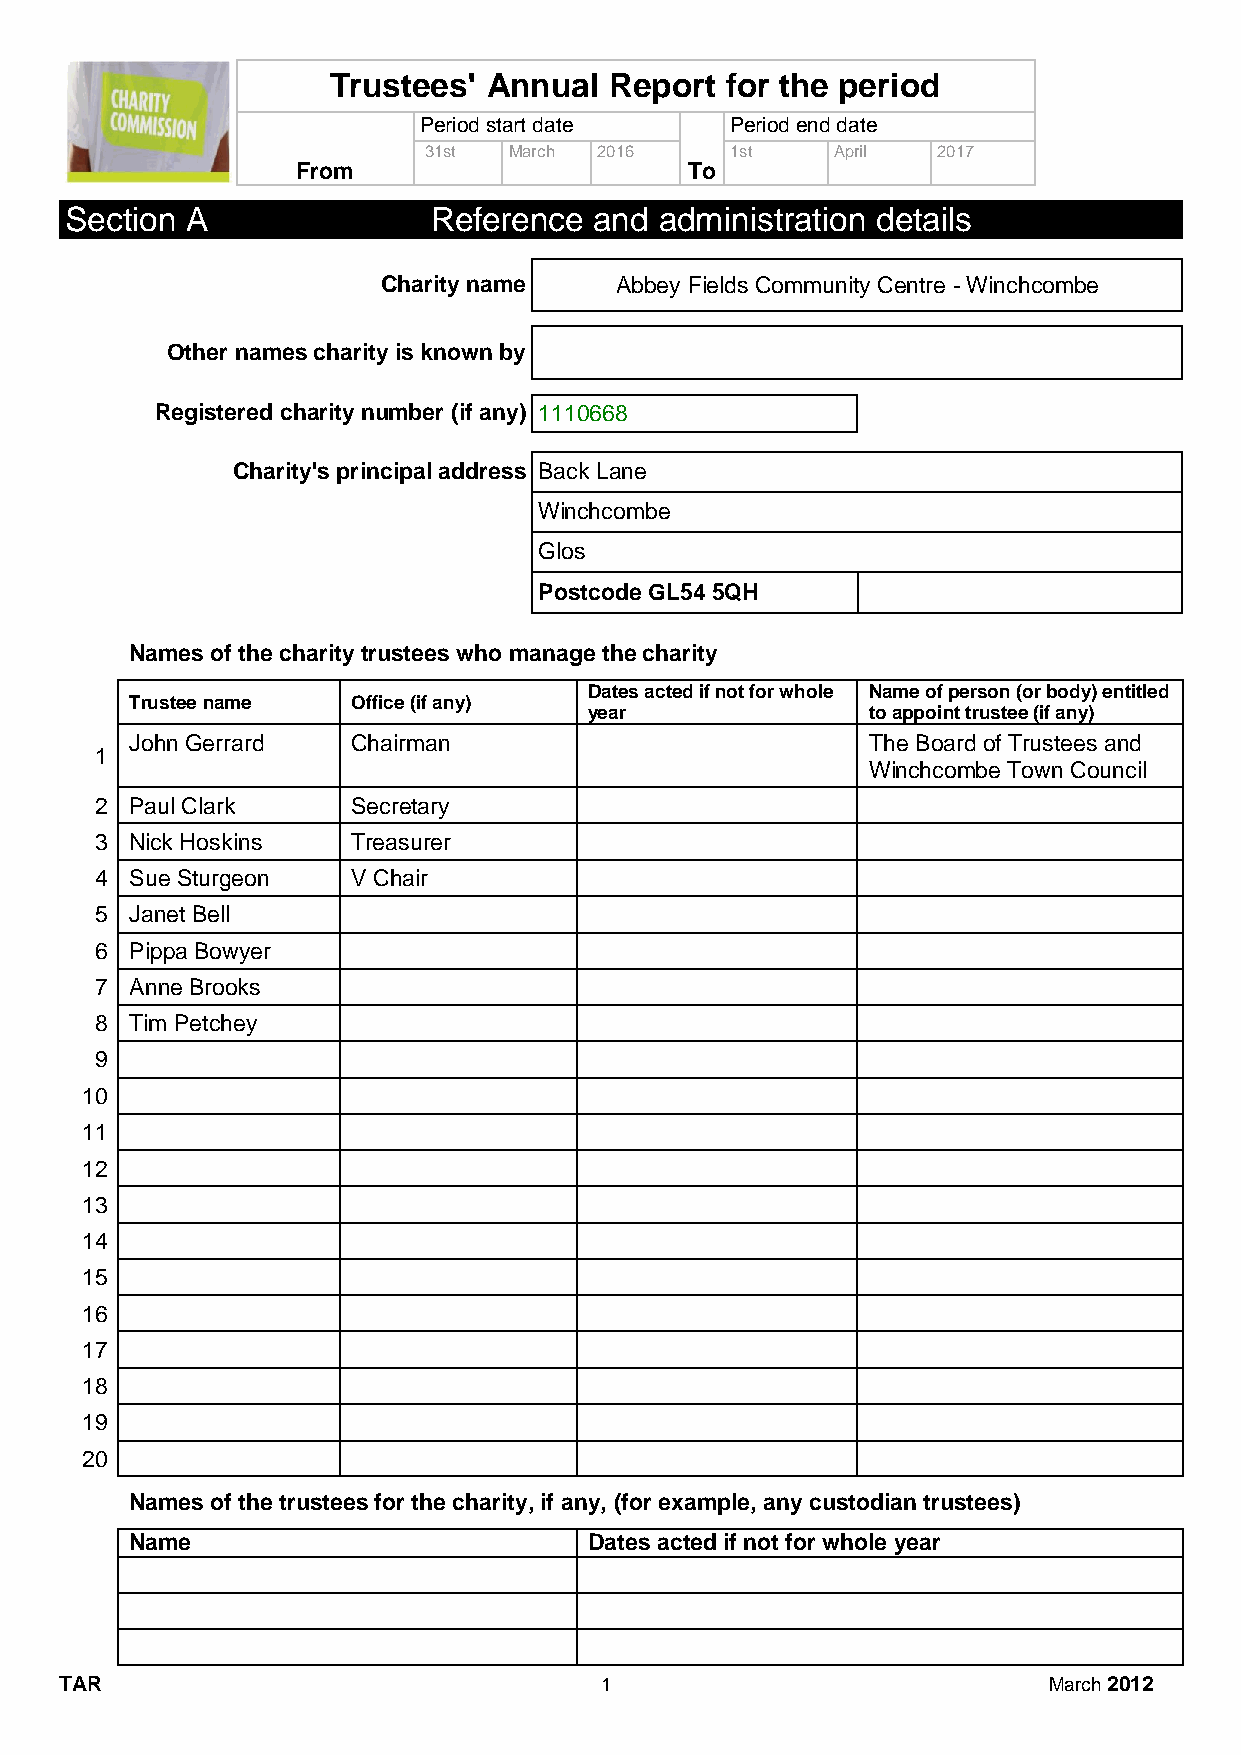
Trustees' Annual  Report  for the period
 Period start date   Period end date
 31st  March 2016    1st    April  2017
 From                      To
 Section A                Reference and  administration details
 Charity name    Abbey Fields Community Centre - Winchcombe
 Other names charity is known by
 Registered charity number (if any) 1110668
 Charity's principal address Back Lane
 Winchcombe
 Glos
 Postcode GL54 5QH
 Names of the charity trustees who manage the charity
 Dates acted if not for whole Name of person (or body) entitled
 Trustee name  Office (if any)
 year              to appoint trustee (if any)
 John Gerrard  Chairman                          The Board of Trustees and
 1
 Winchcombe Town Council
 2  Paul Clark    Secretary
 3  Nick Hoskins  Treasurer
 4  Sue Sturgeon  V Chair
 5  Janet Bell
 6  Pippa Bowyer
 7  Anne Brooks
 8  Tim Petchey
 9
 10
 11
 12
 13
 14
 15
 16
 17
 18
 19
 20
 Names of the trustees for the charity, if any, (for example, any custodian trustees)
 Name                          Dates acted if not for whole year
 TAR                                 1                            March 2012